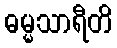
ဓမ္မသာရီတိ